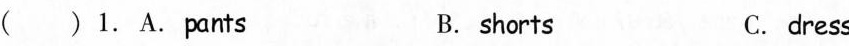
( )1.A.Pants B. shorts C. dress